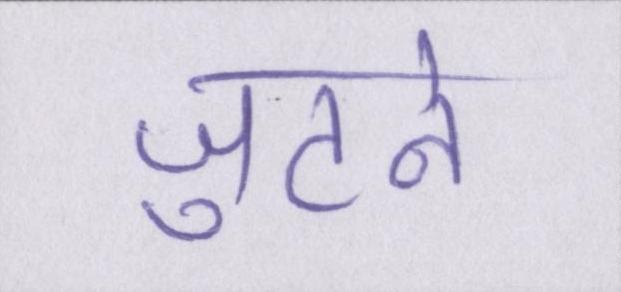
जुटने